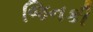
જિનકી